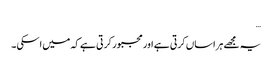
…
یہ مجھے ہراساں کرتی ہے اور مجبور کر تی ہے کہ میں اسکی ۔